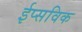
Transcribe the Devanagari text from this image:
ईप्सविक